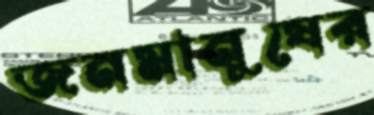
জনমানুষের